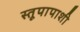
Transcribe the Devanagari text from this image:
स्तूपापाशी